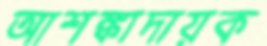
আশঙ্কাদায়ক